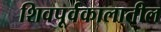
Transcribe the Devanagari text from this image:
शिवपूर्वकालातील